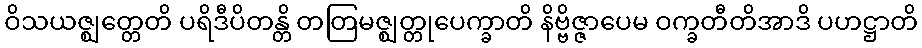
ဝိသယဇ္ဈတ္တေတိ ပရိဒီပိတန္တိ တတြမဇ္ဈတ္တုပေက္ခာတိ နိဗ္ဗိဇ္ဇာပေမ ဝက္ခတီတိအာဒိ ပဟဋ္ဌာတိ